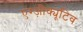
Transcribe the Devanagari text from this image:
एग्ज़ीक्यूटिव